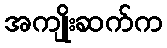
အကျိုးဆက်က